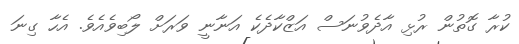
ކުރާ ގޮތުން ރުޅި އާދެވުނަސް އަޒްކާދެކެ އަނާނީ ވަރަށް ލޯބިވެއެވެ. އެހާ ގިނަ